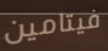
فيتامين